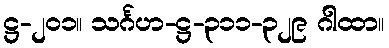
ဋ္ဌ-၂၀၁။ သင်္ဂဟ-ဋ္ဌ-၃၁၁-၃၂၉ ဂါထာ။